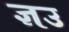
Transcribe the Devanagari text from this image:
ज्ञउ